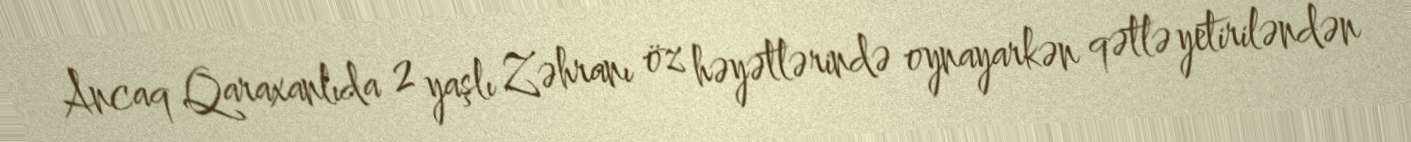
Ancaq Qaraxanlıda 2 yaşlı Zəhranı öz həyətlərində oynayarkən qətlə yetiriləndən